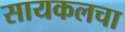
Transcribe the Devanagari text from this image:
सायकलचा